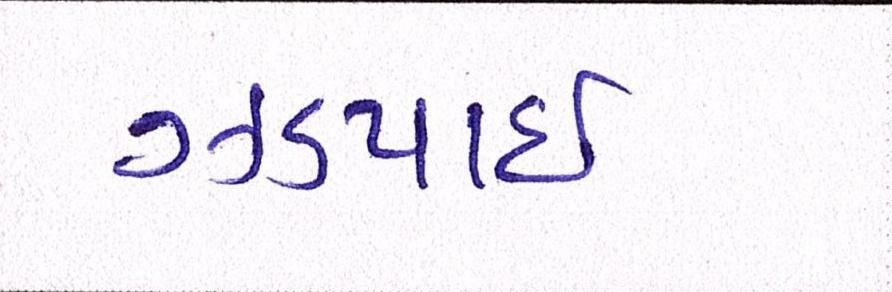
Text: ઝડપાઈ